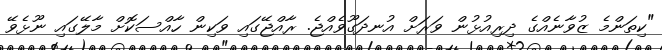
"ކިތަންމެ ޒުވާނެއްގެ ދިރިއުޅުން ވަރަށް އުނދަގޫވެއްޖެ. ރާއްޖޭގައި ވަކިން ހާއްސަކޮށް މާލޭގައި ނޫޅެވޭ